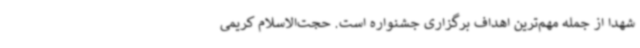
شهدا از جمله مهم‌ترین اهداف برگزاری جشنواره است. حجت‌الاسلام کریمی